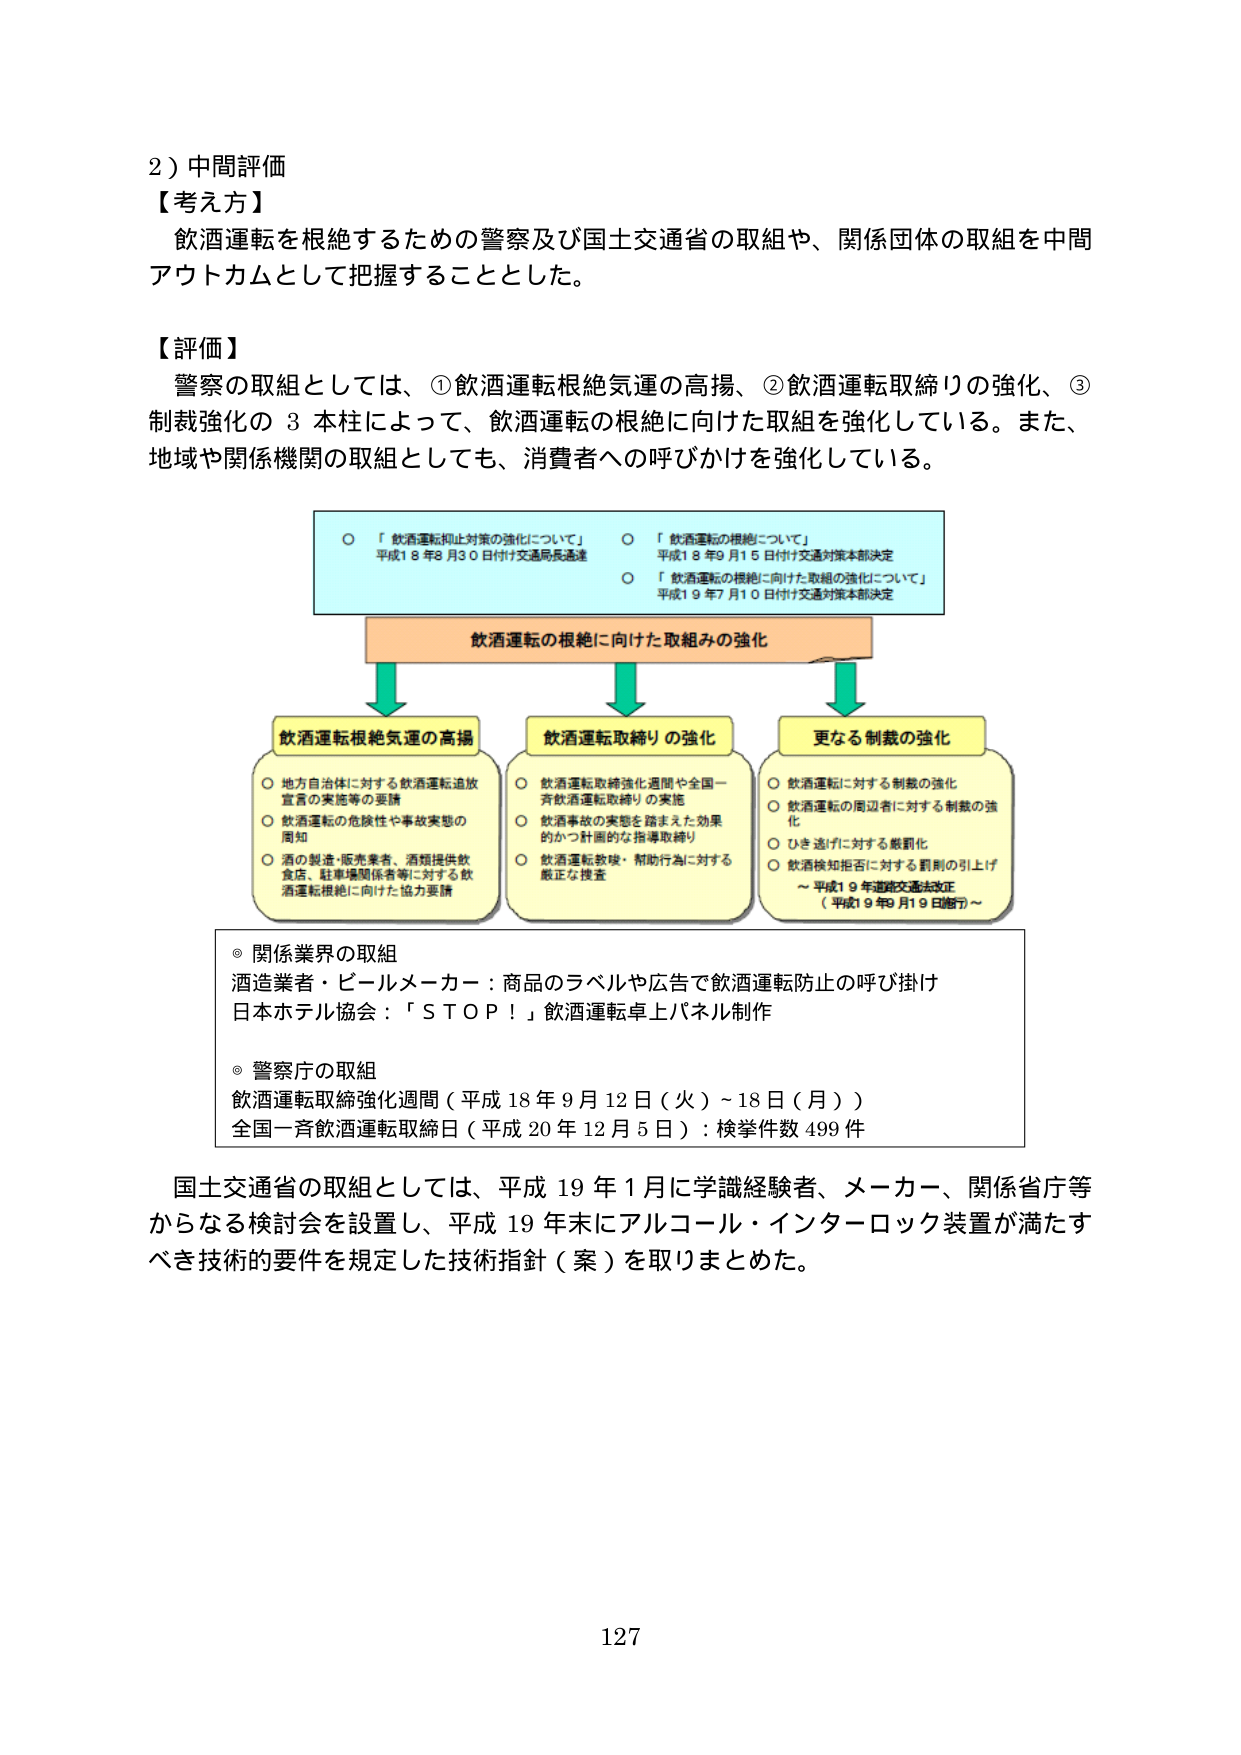
2）中間評価
【考え方】
飲酒運転を根絶するための警察及び国土交通省の取組や、関係団体の取組を中間アウトカムとして把握することとした。

【評価】
警察の取組としては、①飲酒運転根絶気運の高揚、②飲酒運転取締りの強化、③制裁強化の3本柱によって、飲酒運転の根絶に向けた取組を強化している。また、地域や関係機関の取組としても、消費者への呼びかけを強化している。

○ 「飲酒運転抑止対策の強化について」
平成18年8月30日付け交通局長通達
○ 「飲酒運転の根絶について」
平成18年9月15日付け交通対策本部決定
○ 「飲酒運転の根絶に向けた取組の強化について」
平成19年7月10日付け交通対策本部決定

飲酒運転の根絶に向けた取組みの強化

飲酒運転根絶気運の高揚
○ 地方自治体に対する飲酒運転追放宣言の実施等の要請
○ 飲酒運転の危険性や事故実態の周知
○ 酒の製造・販売業者、酒類提供飲食店、駐車場関係者等に対する飲酒運転根絶に向けた協力要請

飲酒運転取締りの強化
○ 飲酒運転取締強化週間や全国一斉飲酒運転取締りの実施
○ 飲酒事故の実態を踏まえた効果的かつ計画的な指導取締り
○ 飲酒運転教唆・幇助行為に対する厳正な捜査

更なる制裁の強化
○ 飲酒運転に対する制裁の強化
○ 飲酒運転の周辺者に対する制裁の強化
○ ひき逃げに対する厳罰化
○ 飲酒検知拒否に対する罰則の引上げ
～平成19年道路交通法改正（平成19年9月19日施行）～

◎ 関係業界の取組
酒造業者・ビールメーカー：商品のラベルや広告で飲酒運転防止の呼び掛け
日本ホテル協会：「ＳＴＯＰ！」飲酒運転卓上パネル制作

◎ 警察庁の取組
飲酒運転取締強化週間（平成18年9月12日（火）～18日（月））
全国一斉飲酒運転取締日（平成20年12月5日）：検挙件数499件

国土交通省の取組としては、平成19年1月に学識経験者、メーカー、関係省庁等からなる検討会を設置し、平成19年末にアルコール・インターロック装置が満たすべき技術的要件を規定した技術指針（案）を取りまとめた。

127